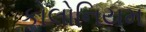
કોલોનિયમ